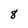
Character: 8